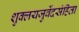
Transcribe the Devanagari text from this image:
शुक्लयजुर्वेदसंहिता